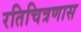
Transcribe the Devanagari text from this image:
रतिचित्रणास